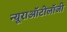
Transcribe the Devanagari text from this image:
न्यूराऑटोलॉजी